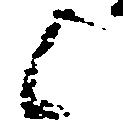
候